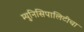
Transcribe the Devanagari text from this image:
म्युनिसिपालिटीचा